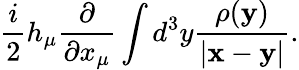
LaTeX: \frac{i}{2}h_{\mu}\frac{\partial}{\partial x_{\mu}}\int d^{3}y\frac{\rho({\mathbf y})}{|{\mathbf x}-{\mathbf y}|}.